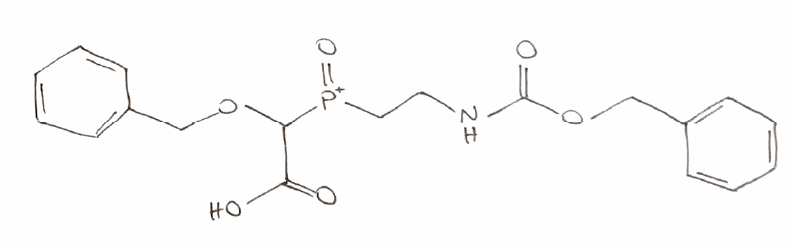
Simplified molecular-input line-entry system (SMILES) notation of the given molecule:
C1=CC=C(C=C1)COC(C(=O)O)[P+](=O)CCNC(=O)OCC2=CC=CC=C2